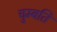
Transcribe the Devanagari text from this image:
चुम्बति